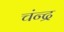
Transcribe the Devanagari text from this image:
चंन्द्र